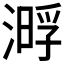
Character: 𣼔